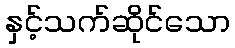
နှင့်သက်ဆိုင်သော